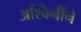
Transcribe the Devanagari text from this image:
अश्विनींने